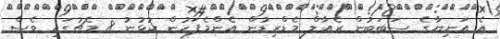
އެ އަނިޔާގެ ސަބަބުން ރެއާލް މެޑްރިޑުން އެންމެފަހުން ކުޅުނު 8 މެޗުގައި ވެސް